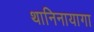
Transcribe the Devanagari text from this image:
थानिनायागा